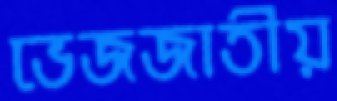
ভেজজাতীয়